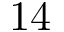
1 4